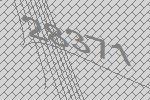
28371